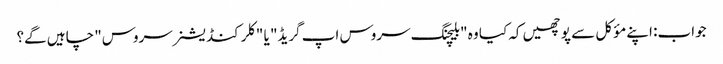
جواب: اپنے مؤکل سے پوچھیں کہ کیا وہ "بلیچنگ سروس اپ گریڈ" یا "کلر کنڈیشنر سروس" چاہیں گے؟